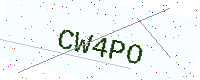
Text: CW4PO